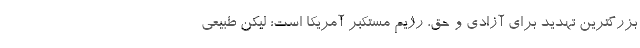
بزرگترین تهدید برای آزادی و حق، رژیم مستکبر آمریکا است؛ لیکن طبیعی